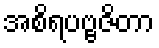
အစိရပဗ္ဗဇိတာ